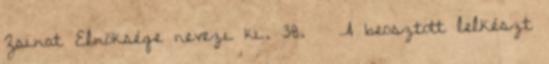
Zsinat Elnöksége nevezi ki. 38. § A beosztott lelkészt